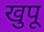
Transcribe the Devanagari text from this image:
खुपू